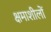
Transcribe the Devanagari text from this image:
क्षमाशीलों